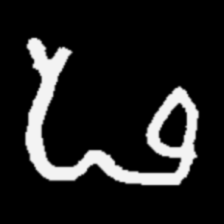
Pyu character \u2014 Myanmar letter: ဖ (romanized: pha)